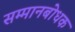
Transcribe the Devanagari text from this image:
सम्मानबोधक